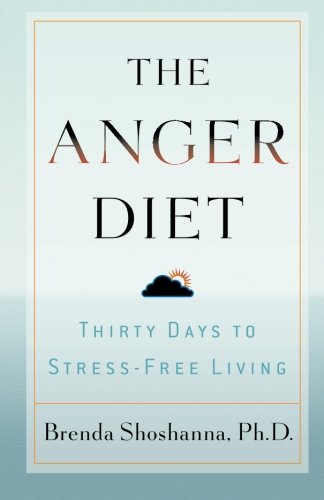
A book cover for The Anger Diet: Thirty Days to Stress-Free Living; Ph.D. Brenda Shoshanna; Self-Help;